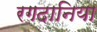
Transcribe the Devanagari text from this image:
रगदानिया